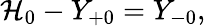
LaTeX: \mathcal{H}_{0}-Y_{+0}=Y_{-0},